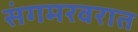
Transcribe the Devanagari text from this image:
संगमरवरात